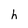
Character: h